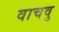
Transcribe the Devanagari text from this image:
वाचवु